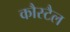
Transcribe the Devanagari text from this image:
कौस्टैल